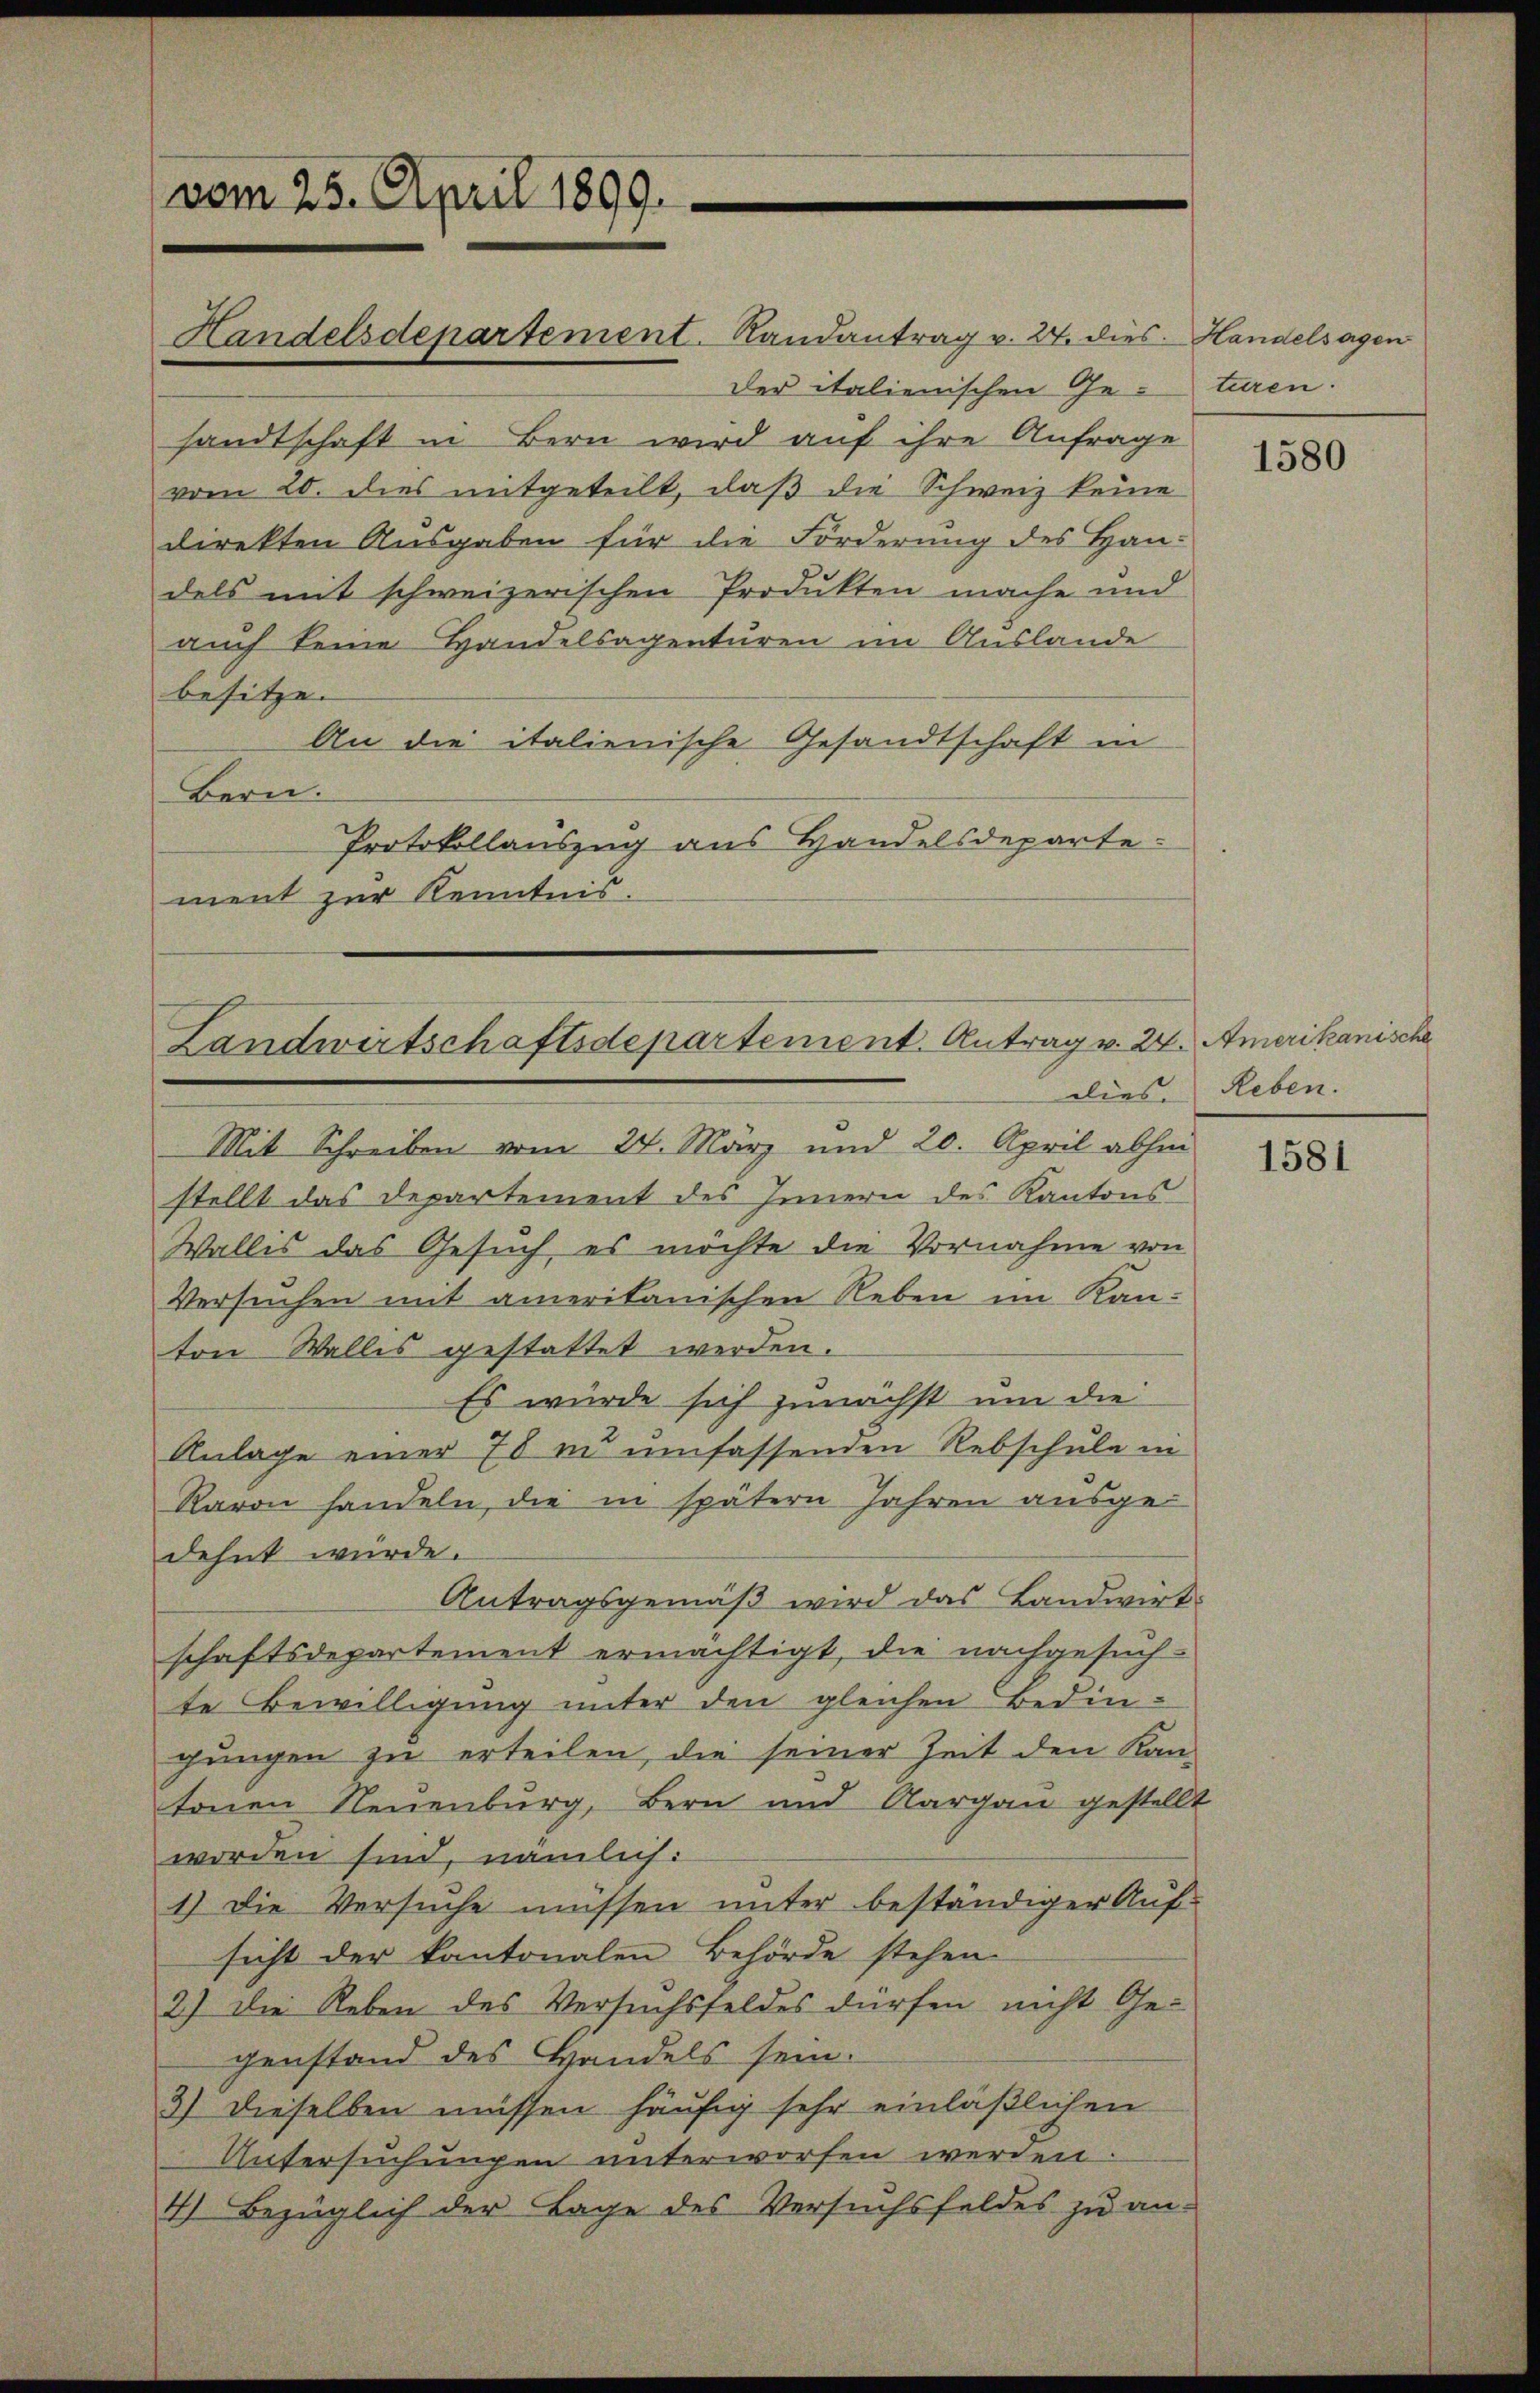
vom 25. April 1899.

Handelsdepartement. Randantrag v. 24. dies Handelsagen
Der italienischen Ge-turen.
sandtschaft in Bern wird auf ihre Anfrage
vom 20. dies mitgeteilt, daß die Schweiz keine
direkten Ausgaben für die Forderung des Han-
dels mit schweizerischen Produkten mache und
auch keine Handelsagenturen im Auslande
besitze.
An die italienische Gesandtschaft in
Bern.
Protokollauszug aus Handelsdeparte-
ment zur Kenntnis.

Landwirtschaftsdepartement. Antrag v. 24. Amerikanische

Mit Schreiben vom 24. März und 20. April abhin
stellt das Departement des Innern des Kantons
Wallis das Gesuch es möchte die Vornahme von
Versuchen mit amerikanischen Reben im Kanton Wallis gestattet werden.
Es wurde sich zunächst um die
Anlage einer 78 zu umfassenden Rebschule in
Raron handeln, die in spätern Jahren ausgedehnt würde.
Antragsgemäß wird das Landwirt
schaftsdepartement ermächtigt, die nachgesuch-
te Bewilligung unter den gleichen Bedingungen zu erteilen, die seiner Zeit den Kantonen Neuenburg, Bern und Aargau gestellt
worden sind, nämlich:
1) Die Versuche müssen unter beständiger Auf-
sicht der kantonalen Behörde stehen.
2) Die Reben des Versuchsfeldes dürfen nicht Gegenstand des Handels sein.
3) dieselben müssen häufig sehr einläßlichen
Untersuchungen unterworfen werden.
4) Bezüglich der Tage des Versuchsfeldes zu an-

1580

dies. Reben.

1581